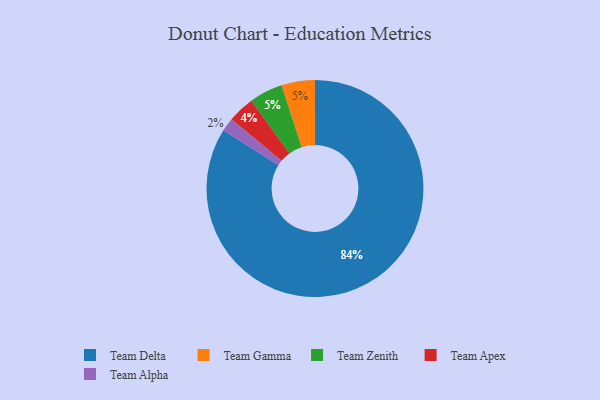
{"axis": {"x": "Category", "y": "Percentage"}, "legend": ["Team Alpha", "Team Apex", "Team Delta", "Team Gamma", "Team Zenith"], "data": [{"x": "Team Gamma", "y": 5, "type": "Team Gamma"}, {"x": "Team Alpha", "y": 2, "type": "Team Alpha"}, {"x": "Team Zenith", "y": 5, "type": "Team Zenith"}, {"x": "Team Delta", "y": 84, "type": "Team Delta"}, {"x": "Team Apex", "y": 4, "type": "Team Apex"}]}